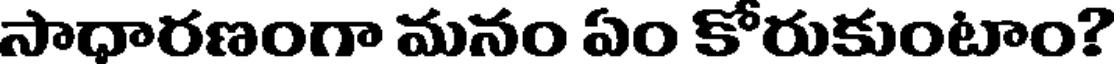
సాధారణంగా మనం ఏం కోరుకుంటాం?